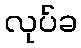
လုပ်ခ